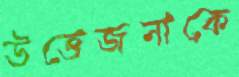
উত্তেজনাকে